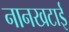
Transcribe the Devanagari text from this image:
नानखटाई